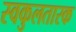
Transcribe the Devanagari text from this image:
स्वकुलतारक